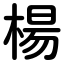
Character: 楊